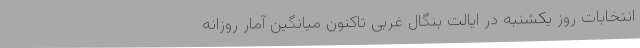
انتخابات روز یکشنبه در ایالت بنگال غربی تاکنون میانگین آمار روزانه